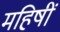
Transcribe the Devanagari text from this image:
महिषीं